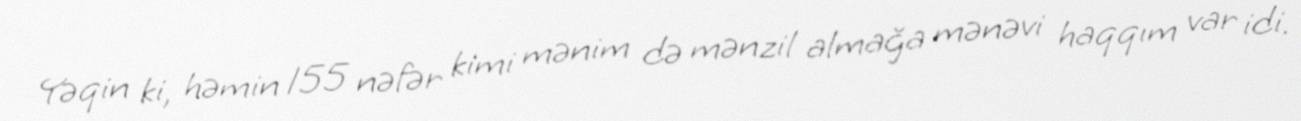
Yəqin ki, həmin 155 nəfər kimi mənim də mənzil almağa mənəvi haqqım var idi.